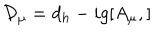
LaTeX: { \cal { D } } _ { \mu } = d _ { h } - i g [ A _ { \mu } , ]